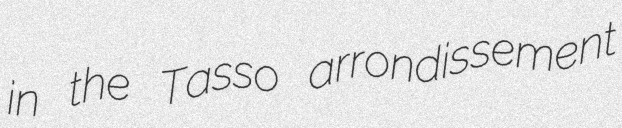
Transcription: in the Tasso arrondissement